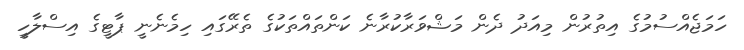
ހަމަޖެއްސުމުގެ އިތުރުން މިއަދު ދެން މަޝްވަރާކުރާނެ ކަންތައްތަކުގެ ތެރޭގައި ހިމެނެނީ ޕާޓީގެ އިސްލާހީ